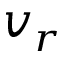
v _ { r }